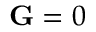
\mathbf { G } = 0